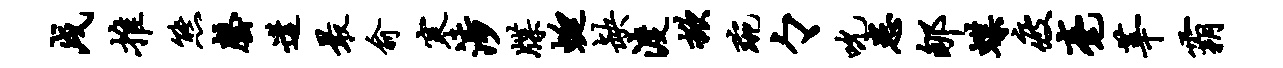
戌推熊罄遘最俞寒涉牒蜓缺渡掀琬々吮患郇蝶疲毫莘霸